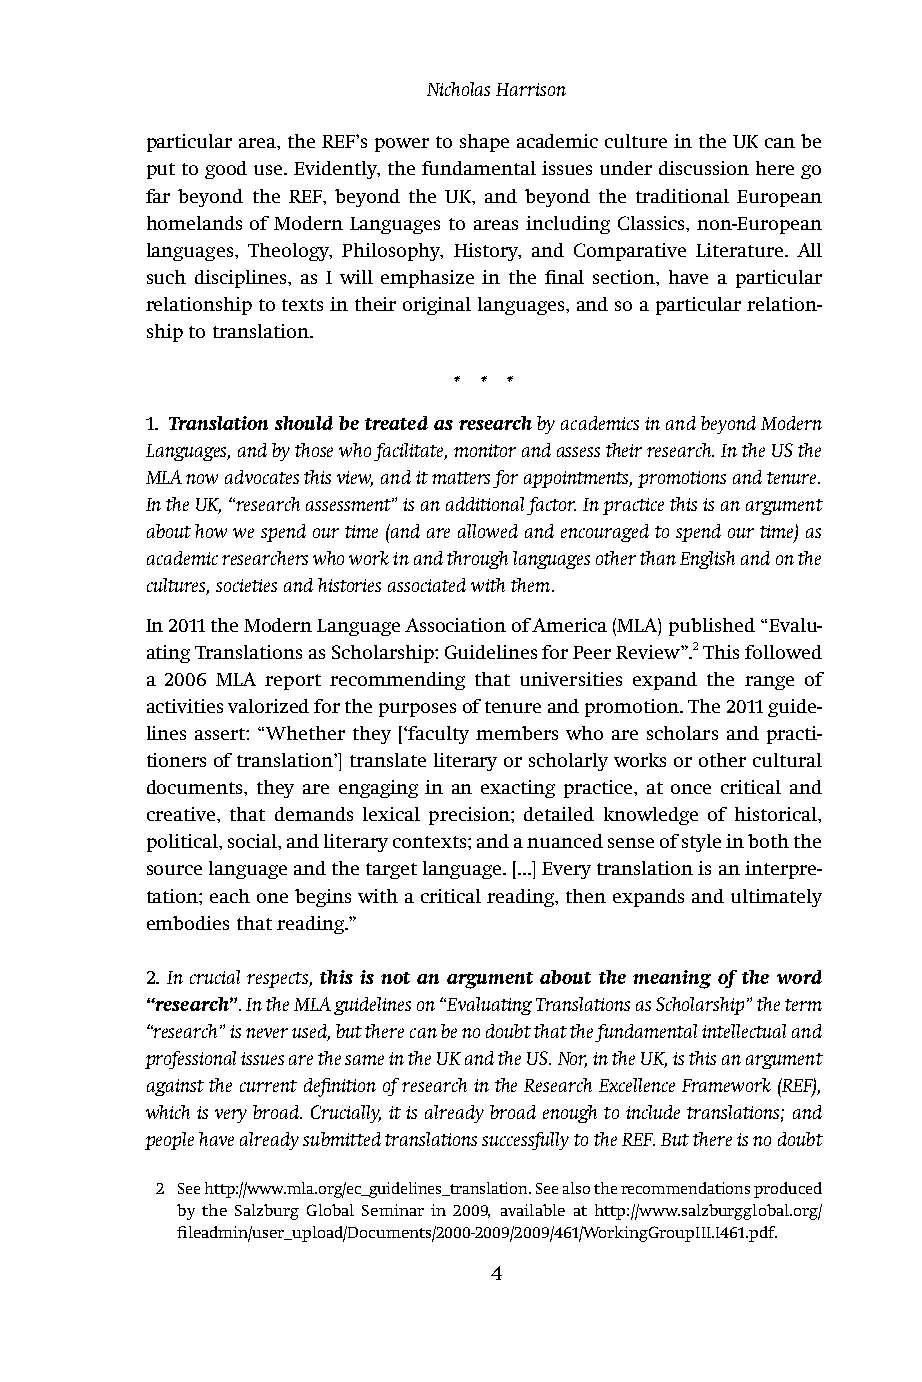
Nicholas Harrison
 particular area, the REF’s power to shape academic culture in the UK can be
 put to good use. Evidently, the fundamental issues under discussion here go
 far beyond the REF, beyond the UK, and beyond the traditional European
 homelands of Modern Languages to areas including Classics, non-European
 languages, Theology, Philosophy, History, and Comparative Literature. All
 such disciplines, as I will emphasize in the final section, have a particular
 relationship to texts in their original languages, and so a particular relation-
 ship to translation.
 * * *
 1. Translation should be treated as research by academics in and beyond Modern
 Languages, and by those who facilitate, monitor and assess their research. In the US the
 MLA now advocates this view, and it matters for appointments, promotions and tenure.
 In the UK, “research assessment” is an additional factor. In practice this is an argument
 about how we spend our time (and are allowed and encouraged to spend our time) as
 academic researchers who work in and through languages other than English and on the
 cultures, societies and histories associated with them.
 In 2011 the Modern Language Association of America (MLA) published “Evalu-
 ating Translations as Scholarship: Guidelines for Peer Review”.2 This followed
 a 2006 MLA report recommending that universities expand the range of
 activities valorized for the purposes of tenure and promotion. The 2011 guide-
 lines assert: “Whether they [‘faculty members who are scholars and practi-
 tioners of translation’] translate literary or scholarly works or other cultural
 documents, they are engaging in an exacting practice, at once critical and
 creative, that demands lexical precision; detailed knowledge of historical,
 political, social, and literary contexts; and a nuanced sense of style in both the
 source language and the target language. [...] Every translation is an interpre-
 tation; each one begins with a critical reading, then expands and ultimately
 embodies that reading.”
 2. In crucial respects, this is not an argument about the meaning of the word
 “research”. In the MLA guidelines on “Evaluating Translations as Scholarship” the term
 “research” is never used, but there can be no doubt that the fundamental intellectual and
 professional issues are the same in the UK and the US. Nor, in the UK, is this an argument
 against the current definition of research in the Research Excellence Framework (REF),
 which is very broad. Crucially, it is already broad enough to include translations; and
 people have already submitted translations successfully to the REF. But there is no doubt
 2 See http://www.mla.org/ec_guidelines_translation. See also the recommendations produced
 by the Salzburg Global Seminar in 2009, available at http://www.salzburgglobal.org/
 fileadmin/user_upload/Documents/2000-2009/2009/461/WorkingGroupIII.I461.pdf.
 4